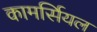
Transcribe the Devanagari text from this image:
कामर्सियल